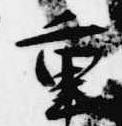
重